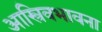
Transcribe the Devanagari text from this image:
आस्त्रिवभावना